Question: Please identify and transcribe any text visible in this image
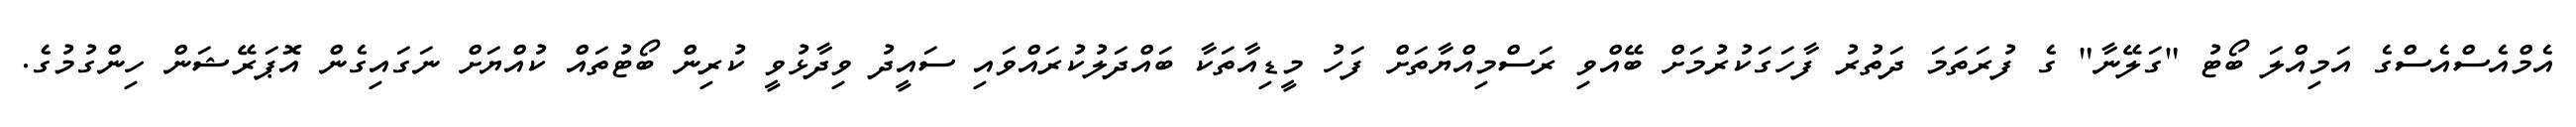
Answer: އެމްއެސްއެސްގެ އަމިއްލަ ބޯޓު "ގަލޭނާ" ގެ ފުރަތަމަ ދަތުރު ފާހަގަކުރުމަށް ބޭއްވި ރަސްމިއްޔާތަށް ފަހު މީޑިއާތަކާ ބައްދަލުކުރައްވައި ސައީދު ވިދާޅުވީ ކުރިން ބޯޓުތައް ކުއްޔަށް ނަގައިގެން އޮޕަރޭޝަން ހިންގުމުގެ.